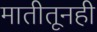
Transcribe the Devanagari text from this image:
मातीतूनही